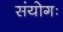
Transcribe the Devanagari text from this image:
संयोगः